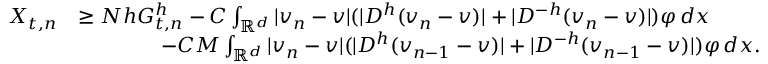
\begin{array} { r l } { X _ { t , n } } & { \geq N h G _ { t , n } ^ { h } - C \int _ { { \mathbb { R } } ^ { d } } | v _ { n } - v | ( | D ^ { h } ( v _ { n } - v ) | + | D ^ { - h } ( v _ { n } - v ) | ) \varphi \, d x } \\ & { \qquad \qquad - C M \int _ { { \mathbb { R } } ^ { d } } | v _ { n } - v | ( | D ^ { h } ( v _ { n - 1 } - v ) | + | D ^ { - h } ( v _ { n - 1 } - v ) | ) \varphi \, d x . } \end{array}